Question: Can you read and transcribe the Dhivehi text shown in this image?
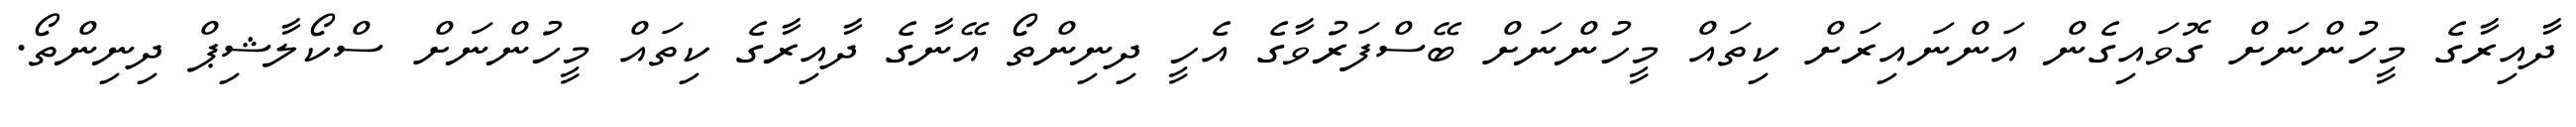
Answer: ދާއިރާގެ މީހުންނަށް ގޮވައިގެން އަންނައިރަށް ކިތައް މީހުންނަށް ބޭސްފަރުވާގެ އެހީ ދިނިންތޯ އޭނާގެ ދާއިރާގެ ކިތައް މީހުންނަށް ސްކޯލާޝިޕް ދިނިންތޯ.